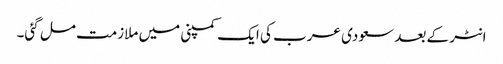
انٹر کے بعد سعودی عرب کی ایک کمپنی میں ملازمت مل گئی۔